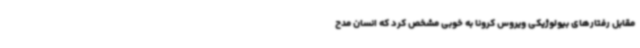
مقابل رفتارهای بیولوژیکی ویروس کرونا به خوبی مشخص کرد که انسان مدح